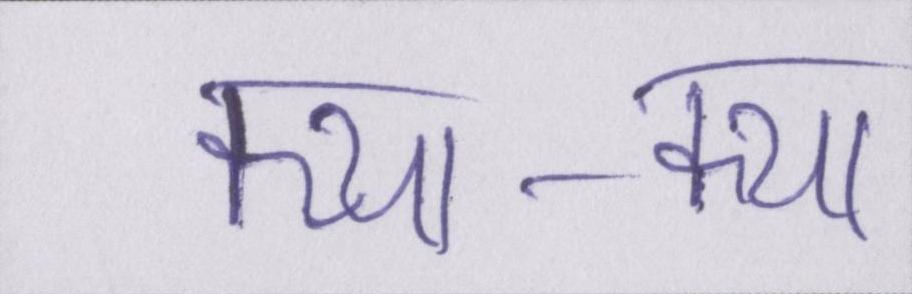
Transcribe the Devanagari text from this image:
क्या-क्या